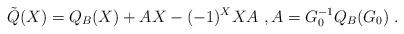
LaTeX: \begin{align*}\tilde{Q}(X)=Q_B(X)+A X-(-1)^XX A \ ,A=G_0^{-1} Q_B(G_0) \ .\end{align*}